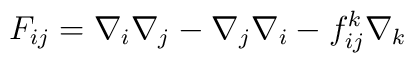
F_{ij}=\nabla_i\nabla_j-\nabla_j\nabla_i -f_{ij}^k\nabla_k